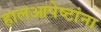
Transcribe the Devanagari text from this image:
हालआपेष्टांना